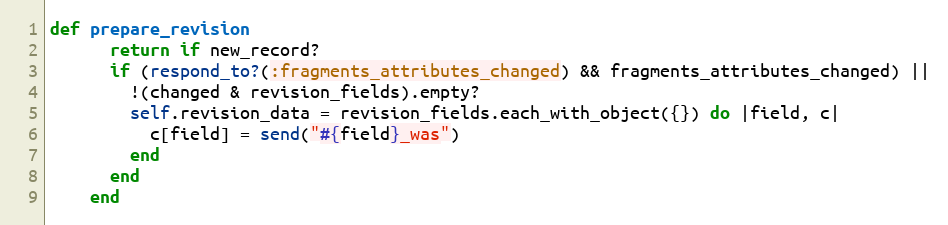
Language: Ruby
def prepare_revision
      return if new_record?
      if (respond_to?(:fragments_attributes_changed) && fragments_attributes_changed) ||
        !(changed & revision_fields).empty?
        self.revision_data = revision_fields.each_with_object({}) do |field, c|
          c[field] = send("#{field}_was")
        end
      end
    end